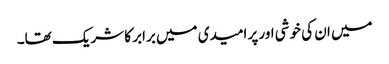
میں ان کی خوشی اور پر امیدی میں برابر کا شریک تھا۔